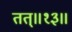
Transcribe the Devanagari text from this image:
तत्॥१३॥